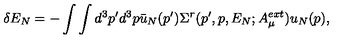
\delta E _ { N } = - \int \int d ^ { 3 } p ^ { \prime } d ^ { 3 } p \bar { u } _ { N } ( p ^ { \prime } ) \Sigma ^ { r } ( p ^ { \prime } , p , E _ { N } ; A _ { \mu } ^ { e x t } ) u _ { N } ( p ) ,